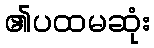
၏ပထမဆုံး